Insane asylums in Bengal annual reports 1867-1875 - 1867-1875
Year: 1867
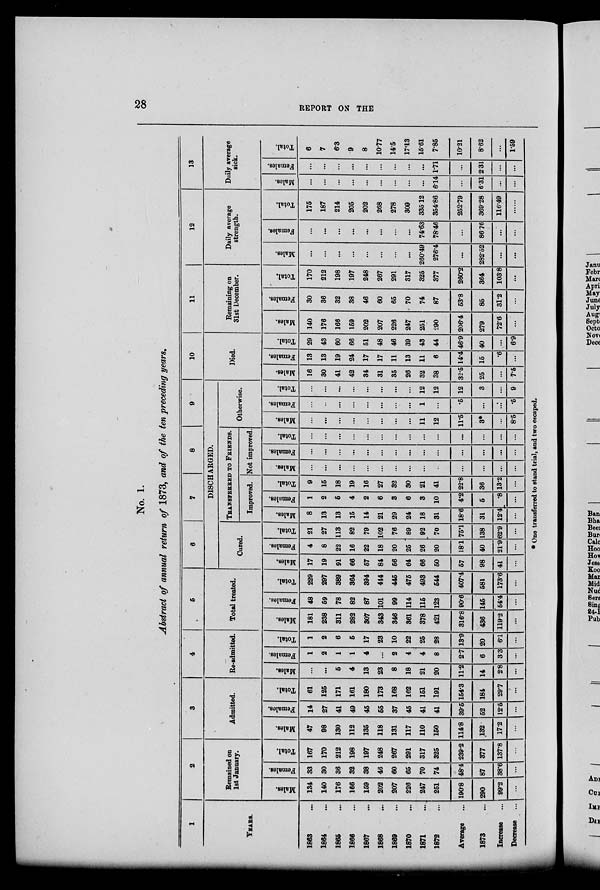
28
REPORT ON THE
No. 1.
Abstract of annual return of 1873, and of the ten preceding years.
1
YEARS.
1863 ...
1664 ...
1865 ...
1866 ...
1867 ...
1868 ...
1869 ...
1870 ...
1871 ...
1872 ...
Average ...
1873 ...
Increase ...
Decrease ...
2
Remained on
1st January.
Males.
134
140
176
166
159
202
207
226
247
251
190.8
290
99.2
...
Females.
33
30
36
32
38
46
60
65
70
74
48.4
87
38.6
...
Total.
167
170
212
198
197
248
267
291
317
325
239.2
377
137.8
...
3
Admitted.
Males.
47
98
130
112
135
118
131
117
110
150
114.8
132.
17.2
...
Females.
14
27
41
49
45
55
37
45
41
41
39.5
52
12.5
...
Total.
61
125
171
161
180
173
168
162
151
191
154.3
184
29.7
...
4
Re-admitted.
Males.
...
...
5
4
13
23
8
18
21
20
11.2
14
2.8
...
Females.
1
2
1
1
4
...
2
4
4
8
2.7
6
3.3
...
Total.
1
2
6
5
17
23
10
22
25
28
13.9
20
6.1
...
5
Total treated.
Males.
181
238
311
282
307
343
346
361
378
421
316.8
436
119.2
...
Females
48
59
78
82
87
101
99
114
115
123
90.6
145
54.4
...
Total.
229
297
389
364
394
444
445
475
493
544
407.4
581
173.6
...
6
7
8
9
DISCHARGED.
Cured.
Males.
17
19
91
66
57
84
56
64
66
50
57
98
41
...
Females.
4
8
22
16
22
18
20
25
26
20
18.1
40
21.9
...
Total.
21
27
113
82
79
102
76
89
92
70
75.1
138
62.9
...
TRANSFERRED TO FRIENDS.
Improved.
Males.
8
13
13
15
14
21
29
24
18
31
18.6
31
12.4
...
Females.
1
2
5
4
2
6
3
6
3
10
4.2
5
.8
...
Total.
9
15
18
19
16
27
32
30
21
41
22.8
36
13.2
...
Not improved.
Males.
...
...
...
...
...
...
...
...
...
...
...
...
...
...
Females.
...
...
...
...
...
...
...
...
...
...
...
...
...
...
Total.
...
...
...
...
...
...
...
...
...
...
...
...
...
...
Otherwise.
Males.
...
...
...
...
...
...
...
...
11
12
11.5
3*
...
8.5
Females.
...
...
...
...
...
...
...
...
1
...
.5
...
...
.5
Total.
...
...
...
...
...
...
...
...
12
12
12
3
...
9
10
Died.
Males.
16
30
41
42
34
31
35
26
32
38
32.5
25
...
7.5
Females.
13
13
19
24
17
17
11
13
11
6
14.4
15
.6
...
Total.
29
43
60
66
51
48
46
39
43
44
46.9
40
...
6.9
11
Remaining on
31st December.
Males.
140
176
166
159
202
207
226
247
251
290
206.4
279
72.6
...
Females.
30
36
32
38
46
60
65
70
74
87
53.8
85
31.2
...
Total.
170
212
198
197
248
267
291
317
325
377
260.2
364
103.8
...
12
Daily average
strength.
Males.
...
...
...
...
...
...
...
...
260.49
276.4
...
282.52
...
...
Females.
...
...
...
...
...
...
...
...
74.63
78.46
...
86.76
...
...
Total.
175
187
214
205
202
268
278
309
335.12
354.86
252.79
369.28
116.49
......
13
Daily average
sick.
Males.
...
...
...
...
...
...
...
...
...
6.14
...
6.31
...
...
Females.
...
...
...
...
...
...
...
...
...
1.71
...
2.31
...
...
Total.
6
7
6.3
9
8
10.77
14.5
17.13
15.61
7.85
10.21
8.62
...
1.59
* One transferred to stand trial, and two escaped.